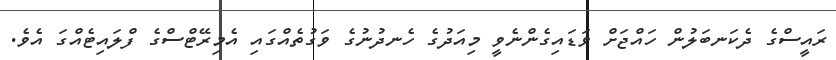
ރައީސްގެ ދެކަނބަލުން ހައްޖަށް ވަޑައިގެންނެވީ މިއަދުގެ ހެނދުނުގެ ވަގުތެއްގައި އެމިރޭޓްސްގެ ފްލައިޓެއްގަ އެވެ.